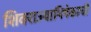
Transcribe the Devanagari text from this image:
शिवराज्याभिषेकाची